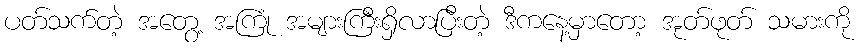
ပတ်သက်တဲ့ အတွေ့ အကြုံ အများကြီးရှိလာပြီးတဲ့ ဒီကနေ့မှာတော့ အုတ်ဖုတ် သမားကို